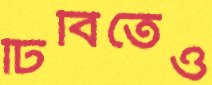
ঢিবিতেও